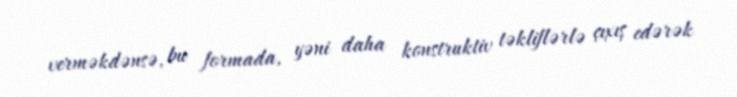
verməkdənsə, bu formada, yəni daha konstruktiv təkliflərlə çıxış edərək